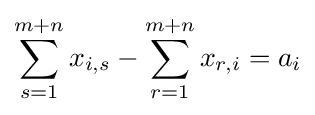
\sum _{s=1}^{m+n}{x_{i,s}}-\sum _{r=1}^{m+n}{x_{r,i}}=a_{i}